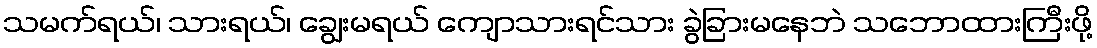
သမက်ရယ်၊ သားရယ်၊ ချွေးမရယ် ကျောသားရင်သား ခွဲခြားမနေဘဲ သဘောထားကြီးဖို့